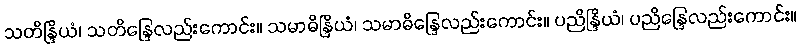
သတိန္ဒြိယံ၊ သတိန္ဒြေလည်းကောင်း။ သမာဓိန္ဒြိယံ၊ သမာဓိန္ဒြေလည်းကောင်း။ ပညိန္ဒြိယံ၊ ပညိန္ဒြေလည်းကောင်း။